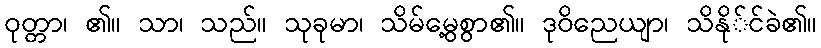
ဝုတ္တာ၊ ၏။ သာ၊ သည်။ သုခုမာ၊ သိမ်မွေ့စွာ၏။ ဒုဝိညေယျာ၊ သိနို်င်ခဲ၏။